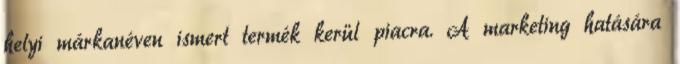
helyi márkanéven ismert termék kerül piacra. A marketing hatására